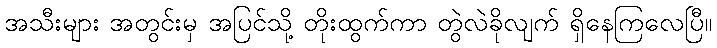
အသီးများ အတွင်းမှ အပြင်သို့ တိုးထွက်ကာ တွဲလဲခိုလျက် ရှိနေကြလေပြီ။